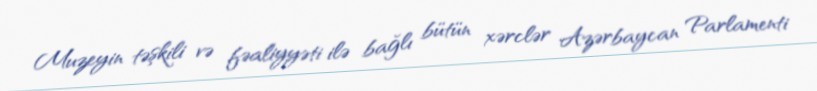
Muzeyin təşkili və fəaliyyəti ilə bağlı bütün xərclər Azərbaycan Parlamenti